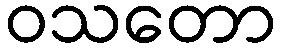
ဝသတော